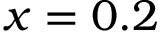
x = 0 . 2